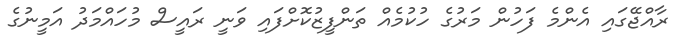
ރާއްޖޭގައި އެންމެ ފަހުން މަރުގެ ހުކުމެއް ތަންފީޒުކޮށްފައި ވަނީ ރައީސް މުހައްމަދު އަމީނުގެ